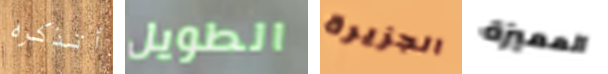
أتذكره الطويل الجزيرة المميزة